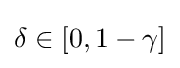
\delta \in [0,1-\gamma ]